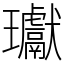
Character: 瓛